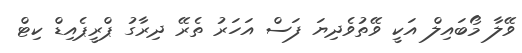
ވޭލާ މޯބައިލް އަކީ ވޭތުވެދިޔަ ފަސް އަހަރު ތެރޭ ދިރާގު ޕްރީޕެއިޑް ކިޓް